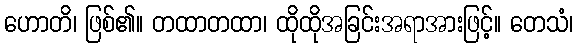
ဟောတိ၊ ဖြစ်၏။ တထာတထာ၊ ထိုထိုအခြင်းအရာအားဖြင့်။ တေသံ၊